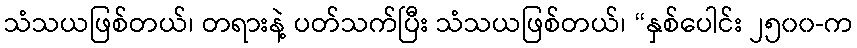
သံသယဖြစ်တယ်၊ တရားနဲ့ ပတ်သက်ပြီး သံသယဖြစ်တယ်၊ “နှစ်ပေါင်း ၂၅၀၀-က